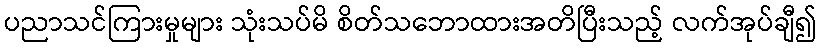
ပညာသင်ကြားမှုများ သုံးသပ်မိ စိတ်သဘောထားအတိပြီးသည့် လက်အုပ်ချီ၍